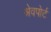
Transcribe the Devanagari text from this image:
श्रेवपोर्ट